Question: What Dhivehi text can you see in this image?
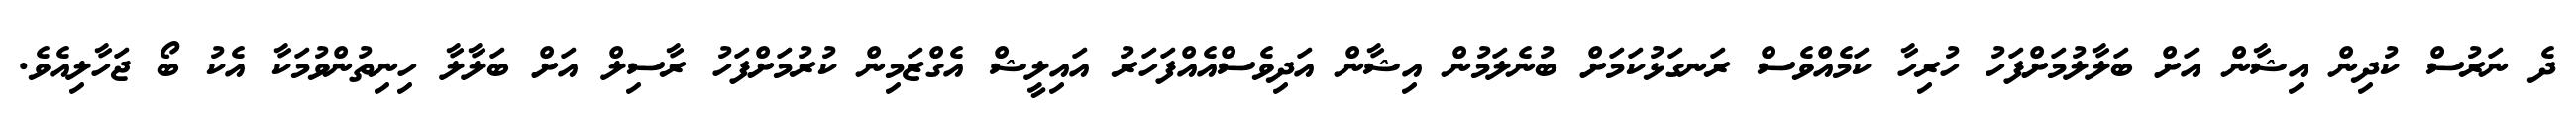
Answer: ދެ ނަރުސް ކުދިން އިޝާން އަށް ބަލާލުމަށްފަހު ހުރިހާ ކަމެއްވެސް ރަނގަޅުކަމަށް ބުނެލަމުން އިޝާން އަދިވެސްއެއްފަހަރު އައިލީޝް އެގްޒަމިން ކުރުމަށްފަހު ރާސިލް އަށް ބަލާލާ ހިނިތުންވުމަކާ އެކު ބޯ ޖަހާލިއެވެ.